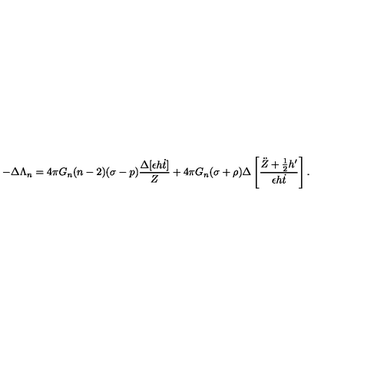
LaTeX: - \Delta \Lambda _ { n } = 4 \pi G _ { n } ( n - 2 ) ( \sigma - p ) \frac { \Delta [ \epsilon h \dot { t } ] } { Z } + 4 \pi G _ { n } ( \sigma + \rho ) \Delta \left[ \frac { \ddot { Z } + \frac { 1 } { 2 } h ^ { \prime } } { \epsilon h \dot { t } } \right] .